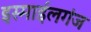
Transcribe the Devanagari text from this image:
इस्माईलगंज